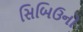
સિબિઉનો